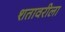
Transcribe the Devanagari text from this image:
शतावरीला